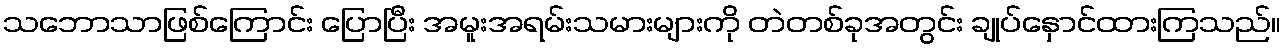
သဘောသာဖြစ်ကြောင်း ပြောပြီး အမူးအရမ်းသမားများကို တဲတစ်ခုအတွင်း ချုပ်နှောင်ထားကြသည်။